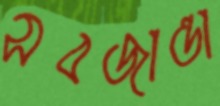
সবজান্তা